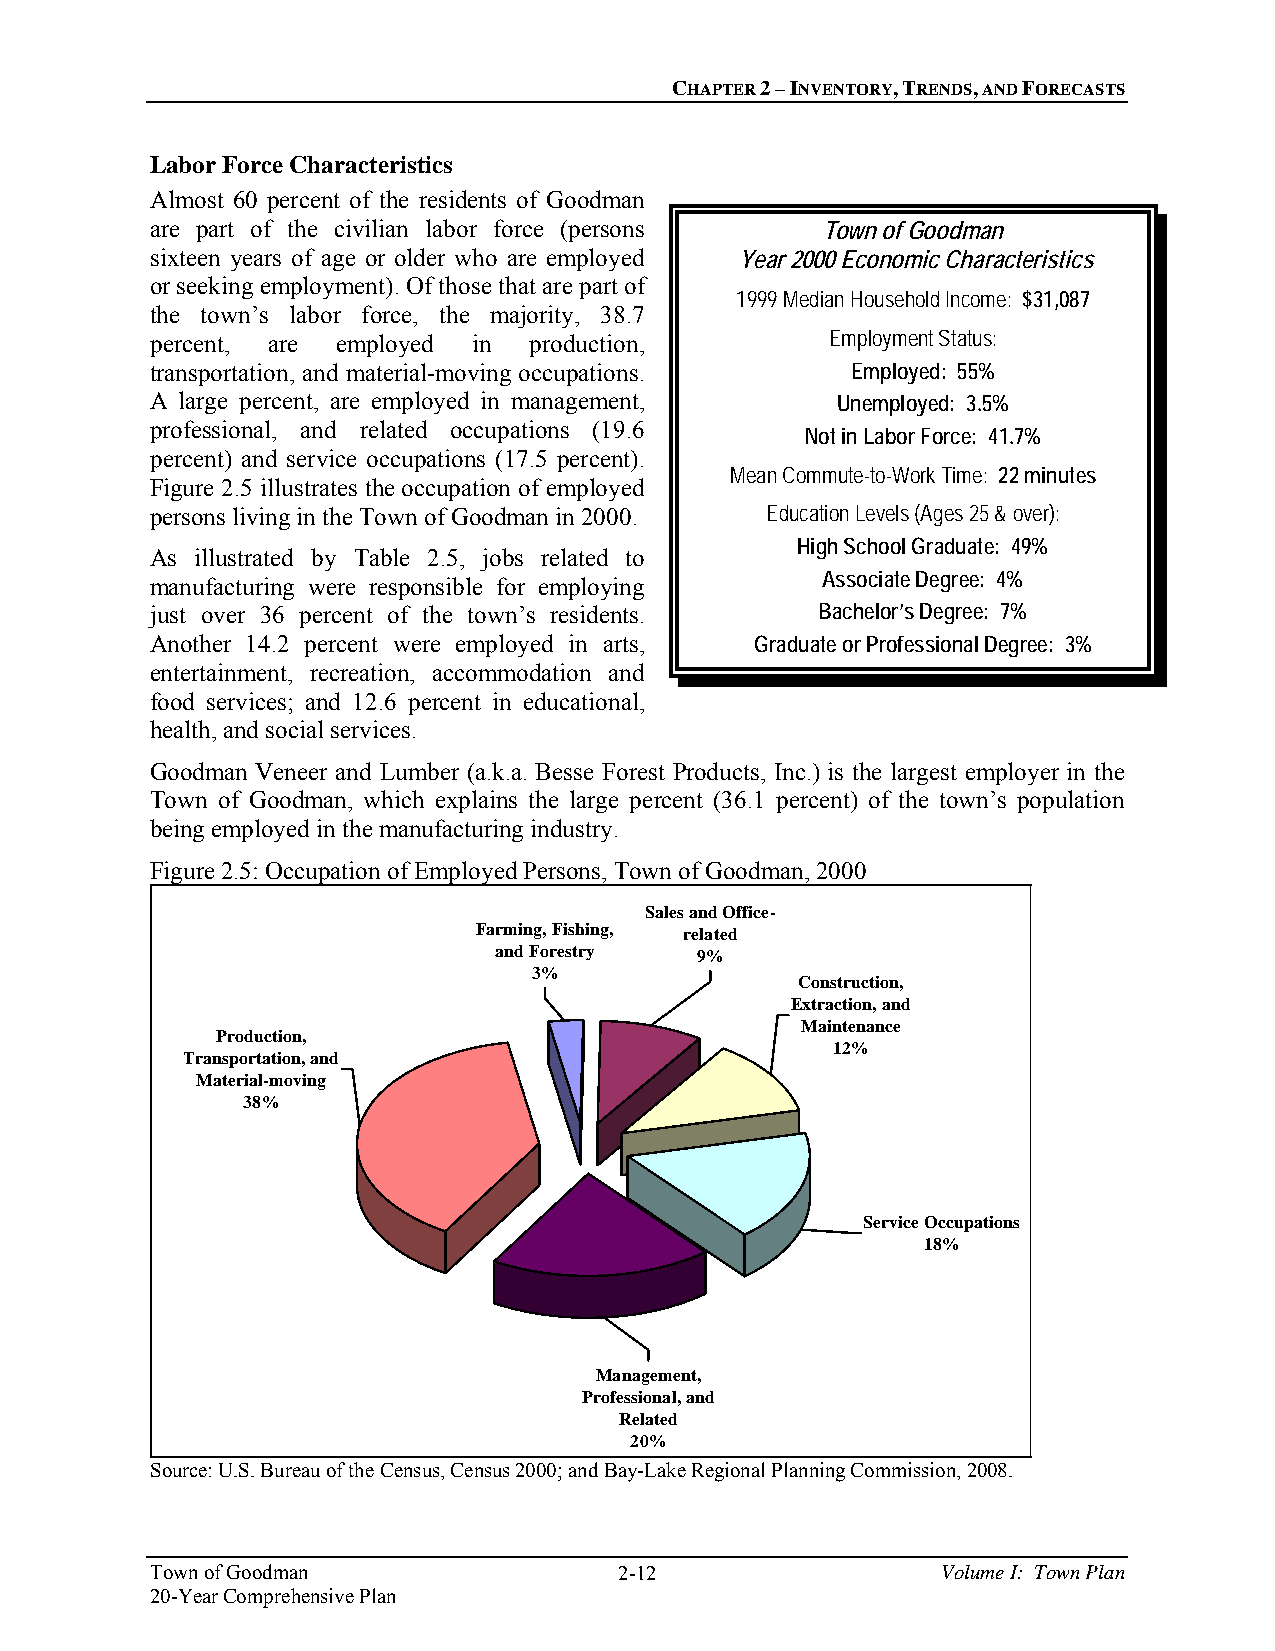
CHAPTER 2 – INVENTORY, TRENDS, AND FORECASTS
 Labor Force Characteristics
 Almost 60 percent of the residents of Goodman
 are part of the civilian labor force (persons Town of Goodman
 sixteen years of age or older who are employed Year 2000 Economic Characteristics
 or seeking employment). Of those that are part of
 1999 Median Household Income: $31,087
 the town’s labor force, the majority, 38.7
 percent, are employed in production,         Employment Status:
 transportation, and material-moving occupations. Employed: 55%
 A large percent, are employed in management, Unemployed: 3.5%
 professional, and related occupations (19.6
 Not in Labor Force: 41.7%
 percent) and service occupations (17.5 percent).
 Mean Commute-to-Work Time: 22 minutes
 Figure 2.5 illustrates the occupation of employed
 persons living in the Town of Goodman in 2000. Education Levels (Ages 25 & over):
 High School Graduate: 49%
 As illustrated by Table 2.5, jobs related to
 Associate Degree: 4%
 manufacturing were responsible for employing
 just over 36 percent of the town’s residents. Bachelor’s Degree: 7%
 Another 14.2 percent were employed in arts, Graduate or Professional Degree: 3%
 entertainment, recreation, accommodation and
 food services; and 12.6 percent in educational,
 health, and social services.
 Goodman Veneer and Lumber (a.k.a. Besse Forest Products, Inc.) is the largest employer in the
 Town of Goodman, which explains the large percent (36.1 percent) of the town’s population
 being employed in the manufacturing industry.
 Figure 2.5: Occupation of Employed Persons, Town of Goodman, 2000
 Sales and Office-
 Farming, Fishing, related
 and Forestry 9%
 3%
 Construction,
 Extraction, and
 Maintenance
 Production,
 12%
 Transportation, and
 Material-moving
 38%
 Service Occupations
 18%
 Management,
 Professional, and
 Related
 20%
 Source: U.S. Bureau of the Census, Census 2000; and Bay-Lake Regional Planning Commission, 2008.
 Town of Goodman                2-12                 Volume I: Town Plan
 20-Year Comprehensive Plan